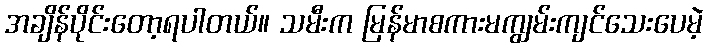
အချိန်ပိုင်းတော့ရပါတယ်။ သမီးက မြန်မာစကားမကျွမ်းကျင်သေးပေမဲ့